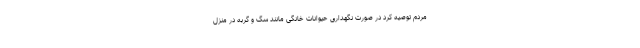
مردم توصیه کرد در صورت نگهداری حیوانات خانگی مانند سگ و گربه در منزل